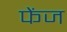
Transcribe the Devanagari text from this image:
फेंज